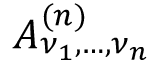
A _ { \nu _ { 1 } , \dots , \nu _ { n } } ^ { ( n ) }